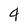
Character: 4